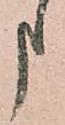
申